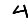
Digit: 4